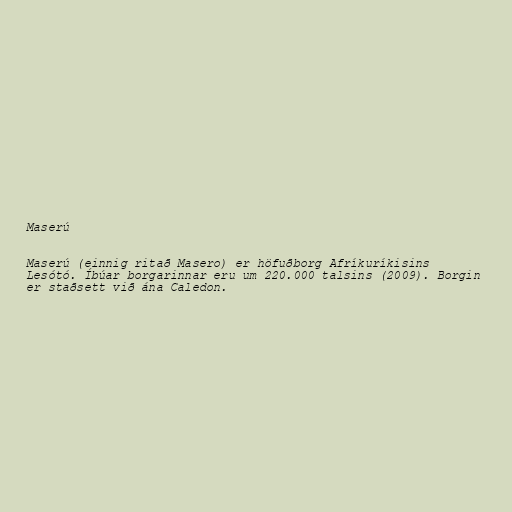
Maserú

Maserú (einnig ritað Masero) er höfuðborg Afríkuríkisins
Lesótó. Íbúar borgarinnar eru um 220.000 talsins (2009). Borgin
er staðsett við ána Caledon.